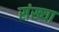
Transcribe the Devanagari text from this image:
संख्या